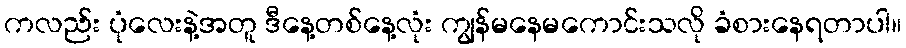
ကလည်း ပုံလေးနဲ့အတူ ဒီနေ့တစ်နေ့လုံး ကျွန်မနေမကောင်းသလို ခံစားနေရတာပါ။